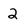
Character: 2